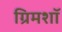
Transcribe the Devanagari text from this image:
ग्रिमशॉ